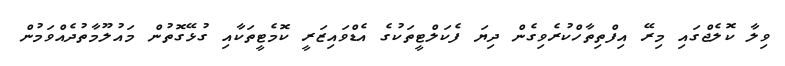
ވިލާ ކޮލެޖްގައި މިރޭ އިފްތިތާހްކުރެވިގެން ދިޔަ ފެކަލްޓީތަކުގެ އެޑްވައިޒަރީ ކޮމެޓީތަކާއި ގުޅޭގޮތުން މައުލޫމާތުދެއްވަމުން